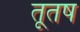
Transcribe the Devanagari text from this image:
तूतष